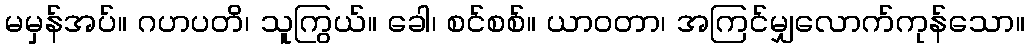
မမှန်အပ်။ ဂဟပတိ၊ သူကြွယ်။ ခေါ၊ စင်စစ်။ ယာဝတာ၊ အကြင်မျှလောက်ကုန်သော။